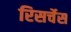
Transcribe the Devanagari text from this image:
रिसर्चेस